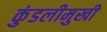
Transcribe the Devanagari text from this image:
कुंडलीमुखी